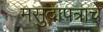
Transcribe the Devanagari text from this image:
मसुदापत्राचे